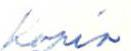
Kopio